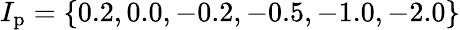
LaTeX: I_{\mathrm{p}}=\{ 0.2,0.0,-0.2,-0.5,-1.0,-2.0\}